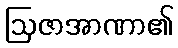
ဩဇာအာဏာ၏